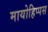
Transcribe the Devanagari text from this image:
मायोहिप्पस